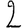
Digit: 2